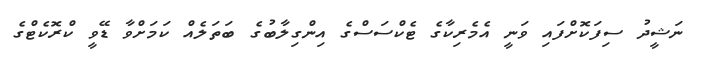
ނަޝީދު ސިފަކޮށްފައި ވަނީ އެމެރިކާގެ ޓެކްސަސްގެ އިންގިލާބުގެ ބަތަލެއް ކަމަށްވާ ޑޭވީ ކްރޮކެޓްގެ